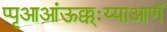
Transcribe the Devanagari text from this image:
प्पृआआंऊक्क्ःय्याआणॅ